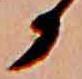
か